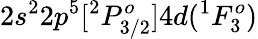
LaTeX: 2s^{2}2p^{5}[^{2}P_{3/2}^{o}]4d(^{1}F_{3}^{o})